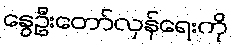
နွေဦးတော်လှန်ရေးကို